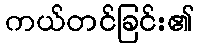
ကယ်တင်ခြင်း၏